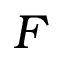
F